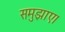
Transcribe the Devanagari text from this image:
समुझाए।